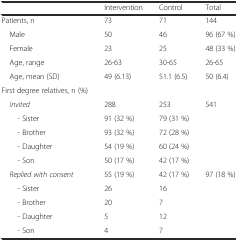
<table><thead><tr><td></td><td><b>Intervention</b></td><td><b>Control</b></td><td><b>Total</b></td></tr></thead><tbody><tr><td>Patients, n</td><td>73</td><td>71</td><td>144</td></tr><tr><td> Male</td><td>50</td><td>46</td><td>96 (67 %)</td></tr><tr><td> Female</td><td>23</td><td>25</td><td>48 (33 %)</td></tr><tr><td> Age, range</td><td>26-63</td><td>30-65</td><td>26-65</td></tr><tr><td> Age, mean (SD)</td><td>49 (6.13)</td><td>51.1 (6.5)</td><td>50 (6.4)</td></tr><tr><td>First degree relatives, n (%)</td><td></td><td></td><td></td></tr><tr><td> <i>Invited</i></td><td>288</td><td>253</td><td>541</td></tr><tr><td>- Sister</td><td>91 (32 %)</td><td>79 (31 %)</td><td></td></tr><tr><td>- Brother</td><td>93 (32 %)</td><td>72 (28 %)</td><td></td></tr><tr><td>- Daughter</td><td>54 (19 %)</td><td>60 (24 %)</td><td></td></tr><tr><td>- Son</td><td>50 (17 %)</td><td>42 (17 %)</td><td></td></tr><tr><td> <i>Replied with consent</i></td><td>55 (19 %)</td><td>42 (17 %)</td><td>97 (18 %)</td></tr><tr><td>- Sister</td><td>26</td><td>16</td><td></td></tr><tr><td>- Brother</td><td>20</td><td>7</td><td></td></tr><tr><td>- Daughter</td><td>5</td><td>12</td><td></td></tr><tr><td>- Son</td><td>4</td><td>7</td><td></td></tr></tbody></table>